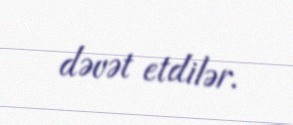
dəvət etdilər.